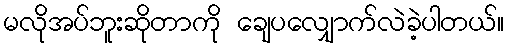
မလိုအပ်ဘူးဆိုတာကို ချေပလျှောက်လဲခဲ့ပါတယ်။